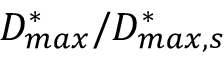
D _ { m a x } ^ { * } / D _ { m a x , s } ^ { * }